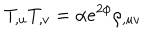
LaTeX: T _ { , u } T _ { , v } = \alpha e ^ { 2 \phi } \rho _ { , u v }